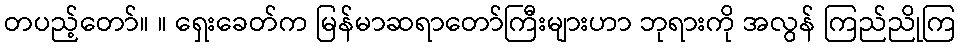
တပည့်တော်။ ။ ရှေးခေတ်က မြန်မာဆရာတော်ကြီးများဟာ ဘုရားကို အလွန် ကြည်ညိုကြ